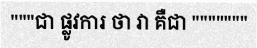
"""ជា ផ្លូវការ ថា វា គឺជា """""""